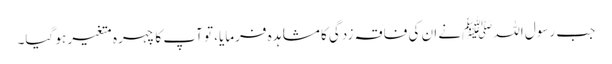
جب رسول اللہﷺنے ان کی فاقہ زدگی کا مشاہدہ فرمایا، تو آپ کا چہرہ متغیر ہو گیا۔